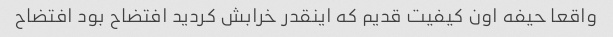
واقعا حیفه اون کیفیت قدیم که اینقدر خرابش کردید افتضاح بود افتضاح